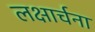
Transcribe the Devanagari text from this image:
लक्षार्चना